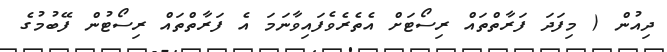
ދިއުން ( މިފަދަ ފަރާތްތައް ރިސޯޓަށް އެތެރެވެފައިވާނަމަ އެ ފަރާތްތައް ރިސޯޓުން ފޭބުމުގެ